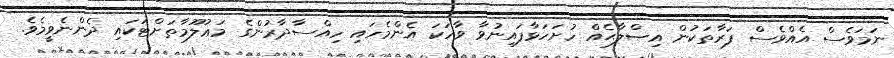
ނަމަވެސް އެއްވެސް ފަރާތަކުން އިޞްލާޙެއް ހުށަހަޅާފައިނުވާ ވާހަކަ އެންމެހައި ހިއްސާދާރުންގެ މަޢުލޫމާތަށްޓަކައި ދެންނެވީމެވެ.